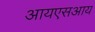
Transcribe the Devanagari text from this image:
आयएसआय